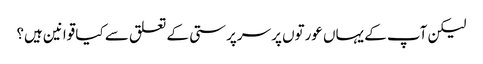
لیکن آپ کے یہاں عورتوں پر سرپرستی کے تعلق سے کیا قوانین ہیں؟